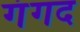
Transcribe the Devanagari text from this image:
गंगद